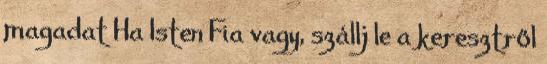
magadat Ha Isten Fia vagy, szállj le a keresztről